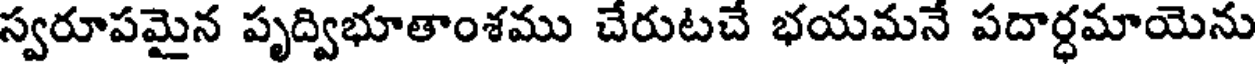
స్వరూపమైన పృద్విభూతాంశము చేరుటచే భయమనే పదార్ధమాయెను